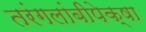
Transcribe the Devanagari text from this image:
तरंगलांबीपेक्षा